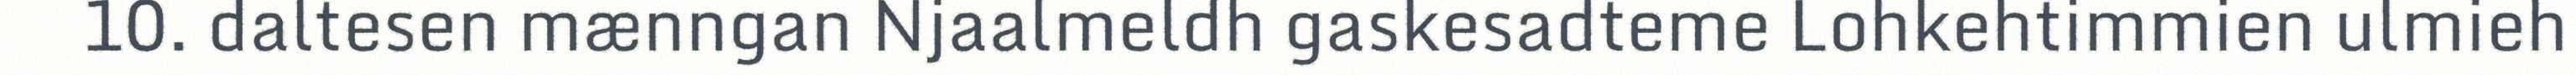
10. daltesen mænngan Njaalmeldh gaskesadteme Lohkehtimmien ulmieh